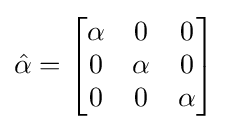
{\hat {\alpha }}={\begin{bmatrix}\alpha &0&0\\0&\alpha &0\\0&0&\alpha \end{bmatrix}}